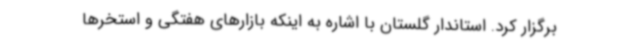
برگزار کرد. استاندار گلستان با اشاره به اینکه بازارهای هفتگی و استخرها